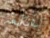
بقطعة